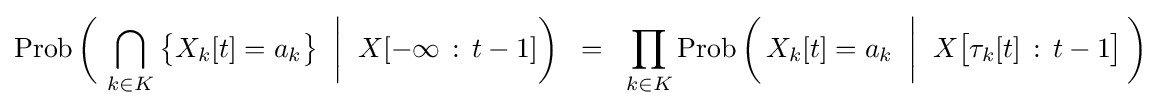
\mathop {\mathrm {Prob} } {\biggl (}\,\bigcap _{k\in K}{\bigl \{}X_{k}[t]=a_{k}{\bigr \}}\;\mathrel {\bigg |} \;X[-\infty \,\mathrel {:} \,t-1]{\biggr )}\;\;=\;\;\prod _{k\in K}\mathop {\mathrm {Prob} } {\biggl (}\,X_{k}[t]=a_{k}\;\mathrel {\bigg |} \;X{\bigl [}\tau _{k}[t]\,\mathrel {:} \,t-1{\bigl ]}\,{\biggr )}